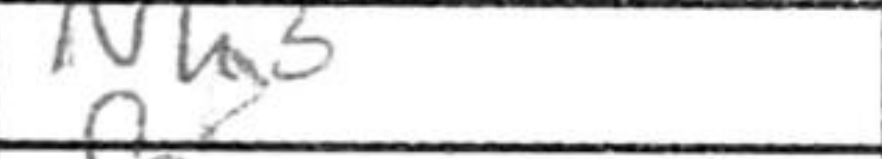
Transcription: Nh5